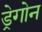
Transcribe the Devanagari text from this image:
ड्रेगोन